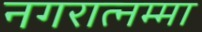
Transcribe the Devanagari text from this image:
नगरात्नम्मा